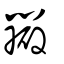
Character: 瓣